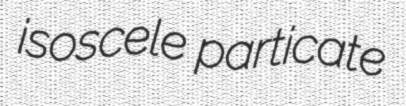
isoscele particate